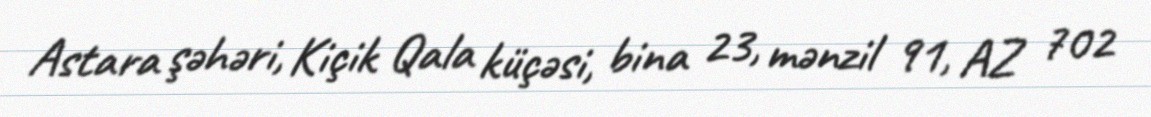
Astara şəhəri, Kiçik Qala küçəsi, bina 23, mənzil 91, AZ 702